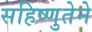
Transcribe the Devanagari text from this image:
सहिष्णुतेने